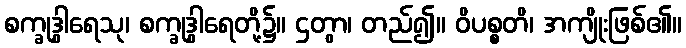
စက္ခုဒွါရေသု၊ စက္ခုဒွါရေတို့၌။ ဌတွာ၊ တည်၍။ ဝိပစ္စတိ၊ အကျိုးဖြစ်၏။